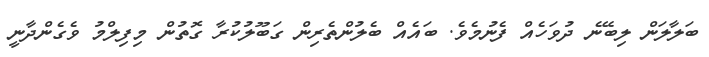
ބަލާލަން ލިބޭނެ ދުވަހެއް ފެނުމެވެ. ބައެއް ބެލުންތެރިން ގަބޫލުކުރާ ގޮތުން މިފިލްމު ވެގެންދާނީ